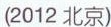
（2012背景）